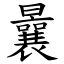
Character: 曩